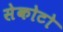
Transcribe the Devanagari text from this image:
सेकोटो